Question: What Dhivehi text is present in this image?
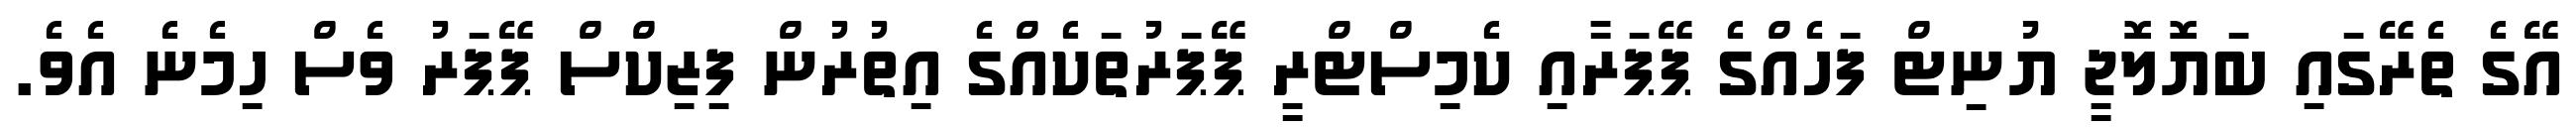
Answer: އޭގެ ތެރޭގައި ބަޔޮލޮޖީ ޔުނިޓް ފަހެއްގެ ޕޭޕަރާއި ކެމިސްޓްރީ ޕޭޕަރުތަކެއްގެ އިތުރުން ފިޒިކްސް ޕޭޕަރު ވެސް ހިމެނެ އެވެ.